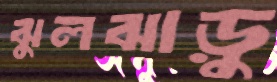
ঝুলঝাড়ু